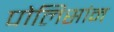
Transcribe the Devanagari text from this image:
पोलिसांन